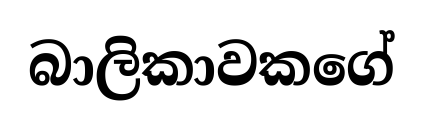
බාලිකාවකගේ